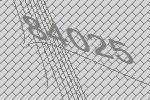
84025